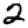
Digit: 2